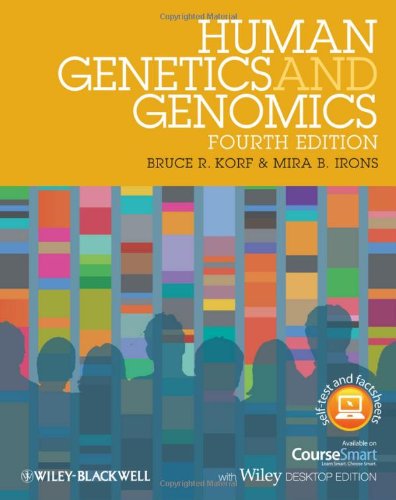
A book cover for Human Genetics and Genomics, Includes Wiley E-Text; Bruce R. Korf; Medical Books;